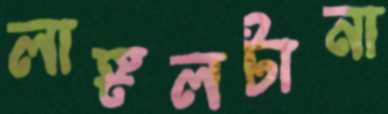
লাঙ্গলটানা